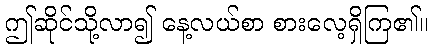
ဤဆိုင်သို့လာ၍ နေ့လယ်စာ စားလေ့ရှိကြ၏။